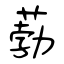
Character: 葧